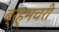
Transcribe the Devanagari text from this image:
ब्रह्मचरी